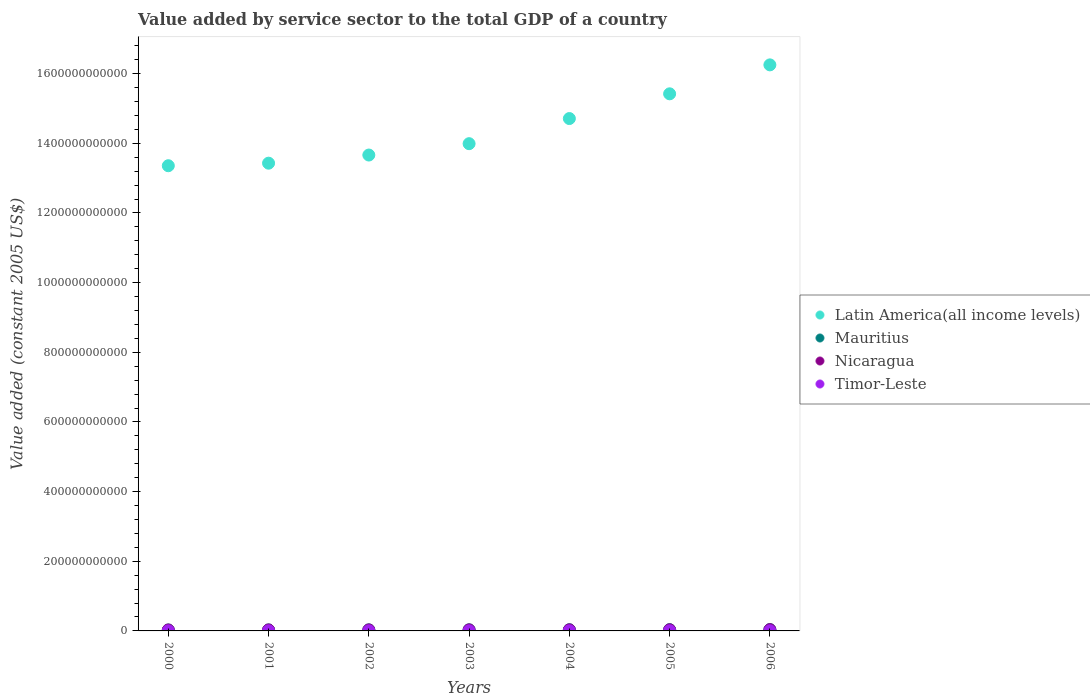
| Years | Latin America(all income levels) | Mauritius | Nicaragua | Timor-Leste |
 | --- | --- | --- | --- | --- |
 | 2000 | 1.34e+12 | 2.77e+09 | 2.69e+09 | 2.26e+08 |
 | 2001 | 1.34e+12 | 2.91e+09 | 2.79e+09 | 2.95e+08 |
 | 2002 | 1.37e+12 | 3.08e+09 | 2.85e+09 | 2.65e+08 |
 | 2003 | 1.4e+12 | 3.22e+09 | 2.95e+09 | 2.63e+08 |
 | 2004 | 1.47e+12 | 3.43e+09 | 3.03e+09 | 2.73e+08 |
 | 2005 | 1.54e+12 | 3.65e+09 | 3.15e+09 | 2.97e+08 |
 | 2006 | 1.63e+12 | 3.86e+09 | 3.59e+09 | 2.89e+08 |